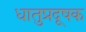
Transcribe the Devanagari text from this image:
धातुप्रदूषक